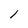
Character: 1